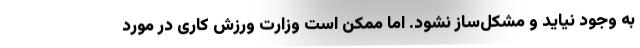
به وجود نیاید و مشکل‌ساز نشود. اما ممکن است وزارت ورزش کاری در مورد